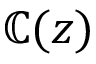
\mathbb { C } ( z )